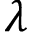
\lambda